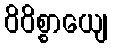
ဝိဝိစ္စာယျေ